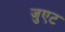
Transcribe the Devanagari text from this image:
जुएट